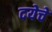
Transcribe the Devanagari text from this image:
दयेचे